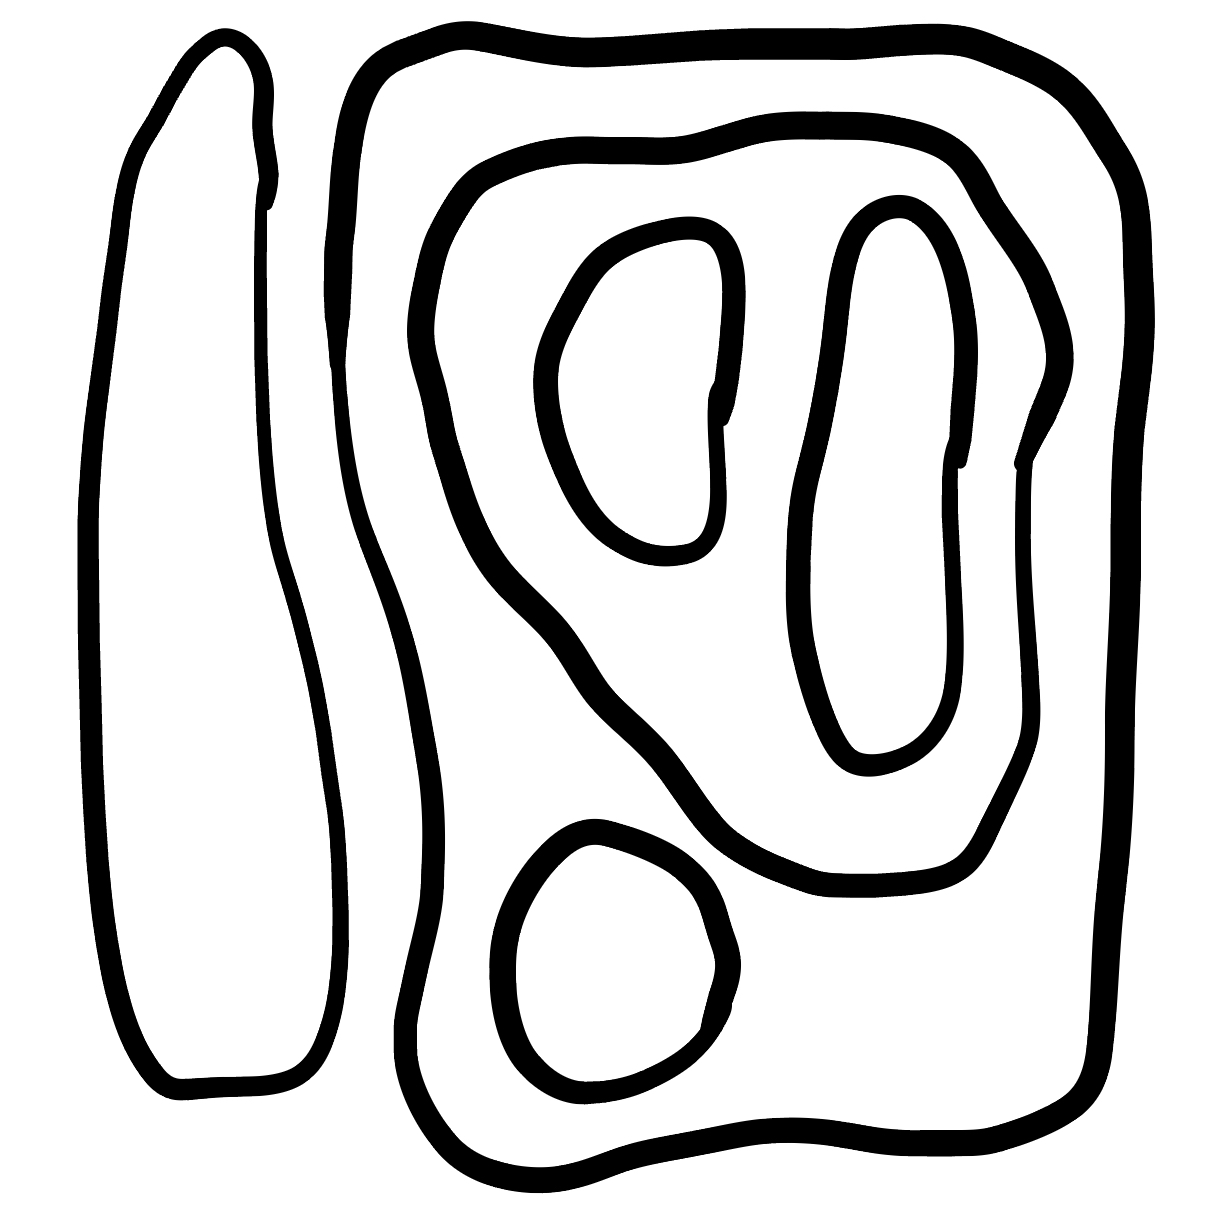
Number of regions (including the outer root region): 7
Containment tree edges (parent, child): 0, 1, 0, 2, 2, 3, 2, 4, 4, 5, 4, 6